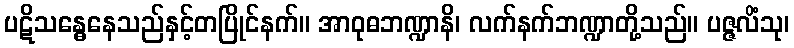
ပဋိသန္ဓေနေသည်နှင့်တပြိုင်နက်။ အာဝုဓဘဏ္ဍာနိ၊ လက်နက်ဘဏ္ဍာတို့သည်။ ပဇ္ဇလိံသု၊